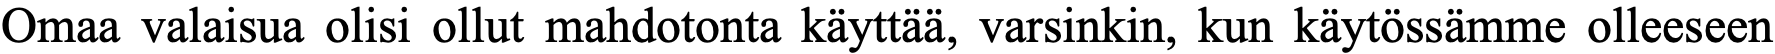
Omaa valaisua olisi ollut mahdotonta käyttää, varsinkin, kun käytössämme olleeseen